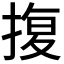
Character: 𭡪